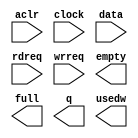
// megafunction wizard: %FIFO%VBB%
// GENERATION: STANDARD
// VERSION: WM1.0
// MODULE: scfifo 

// ============================================================
// Megafunction Name(s):
// 			scfifo
//
// Simulation Library Files(s):
// 			altera_mf
// ============================================================
// ************************************************************
// THIS IS A WIZARD-GENERATED FILE. DO NOT EDIT THIS FILE!
//
// 20.1.0 Build 711 06/05/2020 SJ Lite Edition
// ************************************************************

//Copyright (C) 2020  Intel Corporation. All rights reserved.
//Your use of Intel Corporation's design tools, logic functions 
//and other software and tools, and any partner logic 
//functions, and any output files from any of the foregoing 
//(including device programming or simulation files), and any 
//associated documentation or information are expressly subject 
//to the terms and conditions of the Intel Program License 
//Subscription Agreement, the Intel Quartus Prime License Agreement,
//the Intel FPGA IP License Agreement, or other applicable license
//agreement, including, without limitation, that your use is for
//the sole purpose of programming logic devices manufactured by
//Intel and sold by Intel or its authorized distributors.  Please
//refer to the applicable agreement for further details, at
//https://fpgasoftware.intel.com/eula.

module nonce_fifo (
	aclr,
	clock,
	data,
	rdreq,
	wrreq,
	empty,
	full,
	q,
	usedw);

	input	  aclr;
	input	  clock;
	input	[63:0]  data;
	input	  rdreq;
	input	  wrreq;
	output	  empty;
	output	  full;
	output	[63:0]  q;
	output	[11:0]  usedw;

endmodule

// ============================================================
// CNX file retrieval info
// ============================================================
// Retrieval info: PRIVATE: AlmostEmpty NUMERIC "0"
// Retrieval info: PRIVATE: AlmostEmptyThr NUMERIC "-1"
// Retrieval info: PRIVATE: AlmostFull NUMERIC "0"
// Retrieval info: PRIVATE: AlmostFullThr NUMERIC "-1"
// Retrieval info: PRIVATE: CLOCKS_ARE_SYNCHRONIZED NUMERIC "1"
// Retrieval info: PRIVATE: Clock NUMERIC "0"
// Retrieval info: PRIVATE: Depth NUMERIC "4096"
// Retrieval info: PRIVATE: Empty NUMERIC "1"
// Retrieval info: PRIVATE: Full NUMERIC "1"
// Retrieval info: PRIVATE: INTENDED_DEVICE_FAMILY STRING "Cyclone IV E"
// Retrieval info: PRIVATE: LE_BasedFIFO NUMERIC "0"
// Retrieval info: PRIVATE: LegacyRREQ NUMERIC "0"
// Retrieval info: PRIVATE: MAX_DEPTH_BY_9 NUMERIC "0"
// Retrieval info: PRIVATE: OVERFLOW_CHECKING NUMERIC "0"
// Retrieval info: PRIVATE: Optimize NUMERIC "1"
// Retrieval info: PRIVATE: RAM_BLOCK_TYPE NUMERIC "2"
// Retrieval info: PRIVATE: SYNTH_WRAPPER_GEN_POSTFIX STRING "1"
// Retrieval info: PRIVATE: UNDERFLOW_CHECKING NUMERIC "0"
// Retrieval info: PRIVATE: UsedW NUMERIC "1"
// Retrieval info: PRIVATE: Width NUMERIC "64"
// Retrieval info: PRIVATE: dc_aclr NUMERIC "0"
// Retrieval info: PRIVATE: diff_widths NUMERIC "0"
// Retrieval info: PRIVATE: msb_usedw NUMERIC "0"
// Retrieval info: PRIVATE: output_width NUMERIC "64"
// Retrieval info: PRIVATE: rsEmpty NUMERIC "1"
// Retrieval info: PRIVATE: rsFull NUMERIC "0"
// Retrieval info: PRIVATE: rsUsedW NUMERIC "0"
// Retrieval info: PRIVATE: sc_aclr NUMERIC "1"
// Retrieval info: PRIVATE: sc_sclr NUMERIC "0"
// Retrieval info: PRIVATE: wsEmpty NUMERIC "0"
// Retrieval info: PRIVATE: wsFull NUMERIC "1"
// Retrieval info: PRIVATE: wsUsedW NUMERIC "0"
// Retrieval info: LIBRARY: altera_mf altera_mf.altera_mf_components.all
// Retrieval info: CONSTANT: ADD_RAM_OUTPUT_REGISTER STRING "ON"
// Retrieval info: CONSTANT: INTENDED_DEVICE_FAMILY STRING "Cyclone IV E"
// Retrieval info: CONSTANT: LPM_HINT STRING "RAM_BLOCK_TYPE=M9K"
// Retrieval info: CONSTANT: LPM_NUMWORDS NUMERIC "4096"
// Retrieval info: CONSTANT: LPM_SHOWAHEAD STRING "ON"
// Retrieval info: CONSTANT: LPM_TYPE STRING "scfifo"
// Retrieval info: CONSTANT: LPM_WIDTH NUMERIC "64"
// Retrieval info: CONSTANT: LPM_WIDTHU NUMERIC "12"
// Retrieval info: CONSTANT: OVERFLOW_CHECKING STRING "ON"
// Retrieval info: CONSTANT: UNDERFLOW_CHECKING STRING "ON"
// Retrieval info: CONSTANT: USE_EAB STRING "ON"
// Retrieval info: USED_PORT: aclr 0 0 0 0 INPUT NODEFVAL "aclr"
// Retrieval info: USED_PORT: clock 0 0 0 0 INPUT NODEFVAL "clock"
// Retrieval info: USED_PORT: data 0 0 64 0 INPUT NODEFVAL "data[63..0]"
// Retrieval info: USED_PORT: empty 0 0 0 0 OUTPUT NODEFVAL "empty"
// Retrieval info: USED_PORT: full 0 0 0 0 OUTPUT NODEFVAL "full"
// Retrieval info: USED_PORT: q 0 0 64 0 OUTPUT NODEFVAL "q[63..0]"
// Retrieval info: USED_PORT: rdreq 0 0 0 0 INPUT NODEFVAL "rdreq"
// Retrieval info: USED_PORT: usedw 0 0 12 0 OUTPUT NODEFVAL "usedw[11..0]"
// Retrieval info: USED_PORT: wrreq 0 0 0 0 INPUT NODEFVAL "wrreq"
// Retrieval info: CONNECT: @aclr 0 0 0 0 aclr 0 0 0 0
// Retrieval info: CONNECT: @clock 0 0 0 0 clock 0 0 0 0
// Retrieval info: CONNECT: @data 0 0 64 0 data 0 0 64 0
// Retrieval info: CONNECT: @rdreq 0 0 0 0 rdreq 0 0 0 0
// Retrieval info: CONNECT: @wrreq 0 0 0 0 wrreq 0 0 0 0
// Retrieval info: CONNECT: empty 0 0 0 0 @empty 0 0 0 0
// Retrieval info: CONNECT: full 0 0 0 0 @full 0 0 0 0
// Retrieval info: CONNECT: q 0 0 64 0 @q 0 0 64 0
// Retrieval info: CONNECT: usedw 0 0 12 0 @usedw 0 0 12 0
// Retrieval info: GEN_FILE: TYPE_NORMAL nonce_fifo.v TRUE
// Retrieval info: GEN_FILE: TYPE_NORMAL nonce_fifo.inc FALSE
// Retrieval info: GEN_FILE: TYPE_NORMAL nonce_fifo.cmp FALSE
// Retrieval info: GEN_FILE: TYPE_NORMAL nonce_fifo.bsf TRUE
// Retrieval info: GEN_FILE: TYPE_NORMAL nonce_fifo_inst.v TRUE
// Retrieval info: GEN_FILE: TYPE_NORMAL nonce_fifo_bb.v TRUE
// Retrieval info: GEN_FILE: TYPE_NORMAL nonce_fifo_syn.v TRUE
// Retrieval info: LIB_FILE: altera_mf